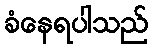
ခံနေရပါသည်